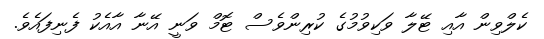
ކެލްވިން އާއި ޓޭލާ ވަކިވުމުގެ ކުރިންވެސް ޓޮމް ވަނީ އޭނާ އާއެކު ފެނިފައެވެ.